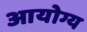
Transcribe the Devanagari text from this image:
आयोग्य